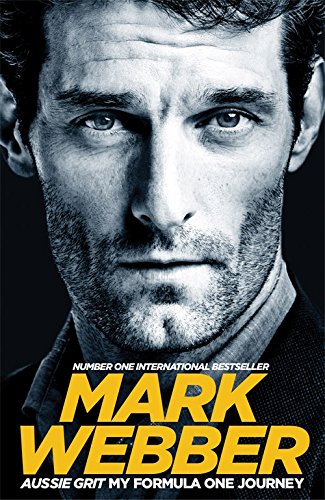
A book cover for Aussie Grit: My Formula One Journey; Mark Webber; Biographies & Memoirs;